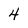
Character: 4